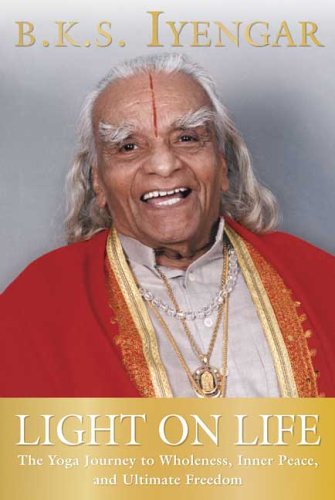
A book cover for Light on Life: The Yoga Journey to Wholeness, Inner Peace, and Ultimate Freedom; B.K.S. Iyengar; Health, Fitness & Dieting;